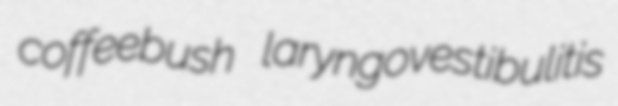
coffeebush laryngovestibulitis